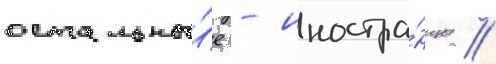
остальны́е - иностра́нцы //